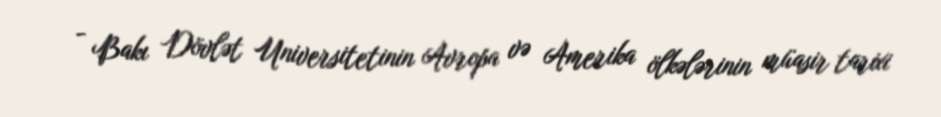
- Bakı Dövlət Universitetinin Avropa və Amerika ölkələrinin müasir tarixi